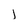
Character: l